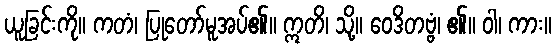
ယူခြင်းကို။ ကတံ၊ ပြုတော်မူအပ်၏။ ဣတိ၊ သို့။ ဝေဒိတဗ္ဗံ၊ ၏။ ဝါ၊ ကား။